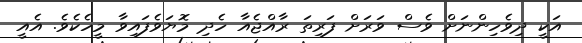
އަކީ ދިވެހިންނަށް ވެސް ވަރަށް ފަރިތަ ރާއްޖެއާ ހެދި މޮޔަވެފައިވާ މީހެކެވެ. އެއީ